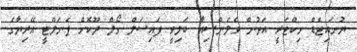
ޔުނައިޓެޑް ވިކްޓަރީ އަތުން ވެލެންސިއާ ބަލިވީ ފައިސަލް ގޯލް ދޫކޮށް ޕެނަލްޓީ އޭރިޔާގެ